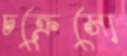
চক্রেসো